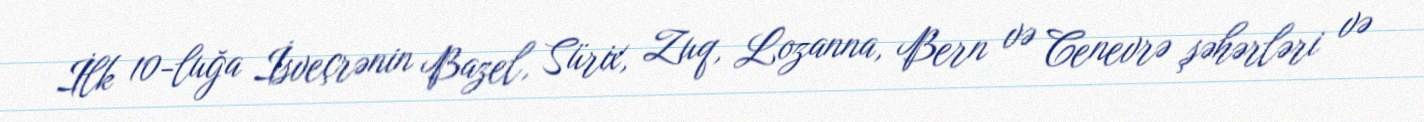
İlk 10-luğa İsveçrənin Bazel, Sürix, Zuq, Lozanna, Bern və Cenevrə şəhərləri və